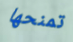
تمنحها